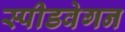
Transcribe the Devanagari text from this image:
स्पीडवेगन